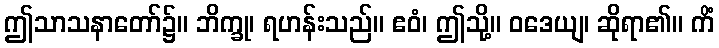
ဤသာသနာတော်၌။ ဘိက္ခု၊ ရဟန်းသည်။ ဧဝံ၊ ဤသို့။ ဝဒေယျ၊ ဆိုရာ၏။ ကိံ